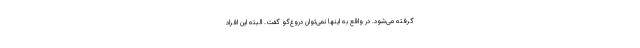
گرفته می‌شود. در واقع به اینها نمی‌توان دروغ‌گو گفت. البته این افراد